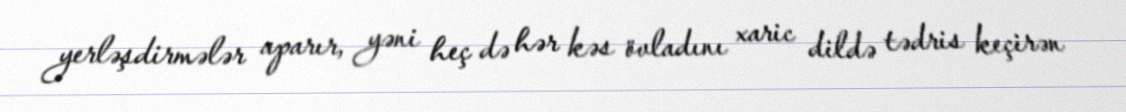
yerləşdirmələr aparır, yəni heç də hər kəs övladını xaric dildə tədris keçirən